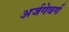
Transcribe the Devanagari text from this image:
अर्जगेवर्ग